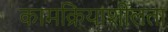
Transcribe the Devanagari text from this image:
कामक्रियाशीलता